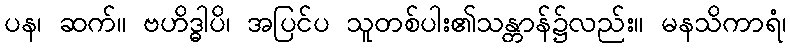
ပန၊ ဆက်။ ဗဟိဒ္ဓါပိ၊ အပြင်ပ သူတစ်ပါး၏သန္တာန်၌လည်း။ မနသိကာရံ၊